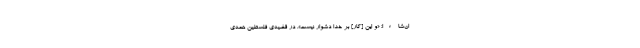
ان‌شاءا؛ «و این [کار] بر خدا دشوار نیست». در قضیّه‌ی فلسطین همه‌ی